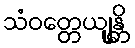
သံဝတ္တေယျုန္တိ